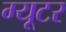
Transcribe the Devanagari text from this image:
ग्यूटर